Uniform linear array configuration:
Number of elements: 48
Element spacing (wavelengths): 0.5
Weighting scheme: cosine
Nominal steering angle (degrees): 45
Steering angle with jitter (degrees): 46.07
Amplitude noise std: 0.05
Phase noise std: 0.05

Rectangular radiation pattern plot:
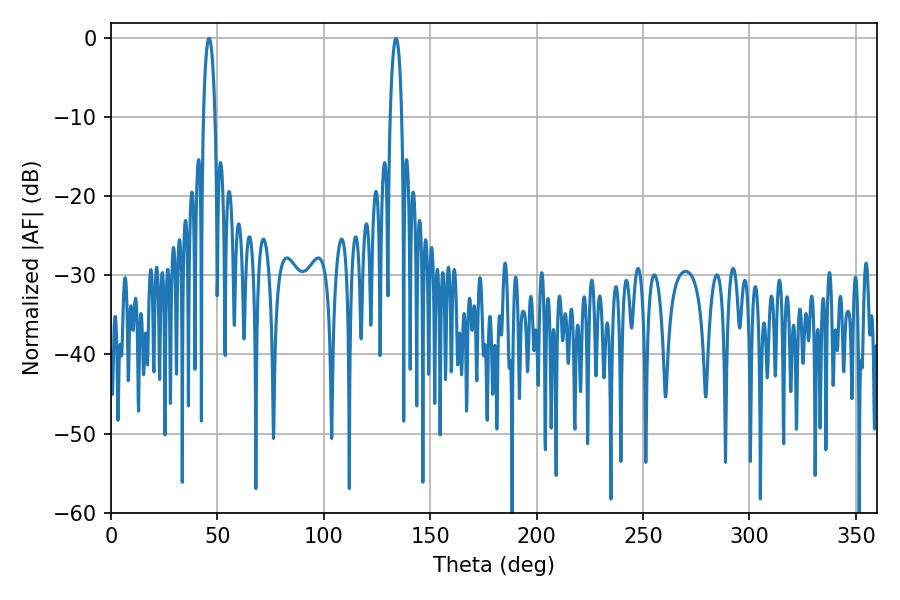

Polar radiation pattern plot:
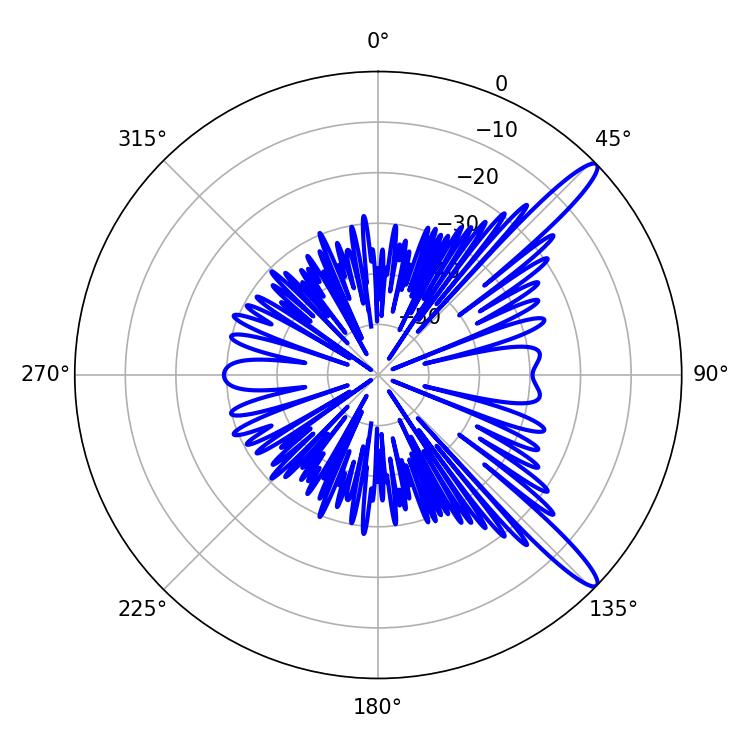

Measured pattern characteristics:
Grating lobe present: FALSE
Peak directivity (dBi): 13.607
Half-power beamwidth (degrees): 2.88
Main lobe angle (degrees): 46.08